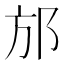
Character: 邡